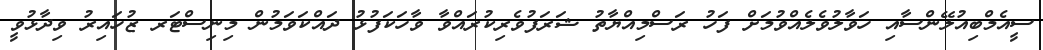
ސީއެމްބިއުލޭންސާއި ހަވާލުވެލެއްވުމަށް ފަހު ރަސްމިއްޔާތު ޝަރަފުވެރިކުރައްވާ ވާހަކަފުޅު ދައްކަވަމުން މިނިސްޓަރ ޒުހައިރު ވިދާޅުވީ